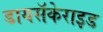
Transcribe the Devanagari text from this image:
डायसॅकेराइड